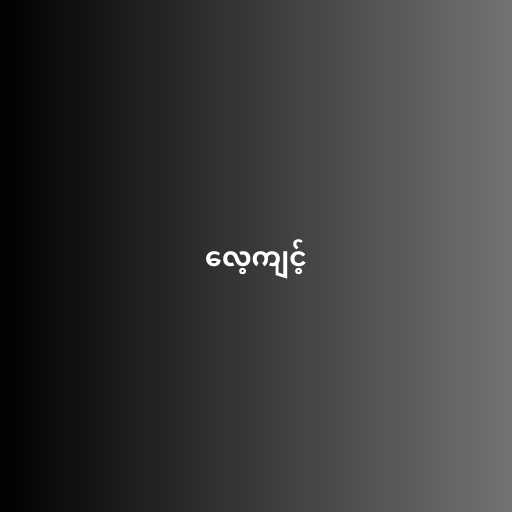
လေ့ကျင့်